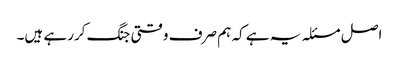
اصل مسئلہ یہ ہے کہ ہم صرف وقتی جنگ کررہے ہیں۔